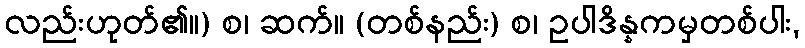
လည်းဟုတ်၏။) စ၊ ဆက်။ (တစ်နည်း) စ၊ ဥပါဒိန္နကမှတစ်ပါး,